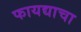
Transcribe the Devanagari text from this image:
फायद्याचा